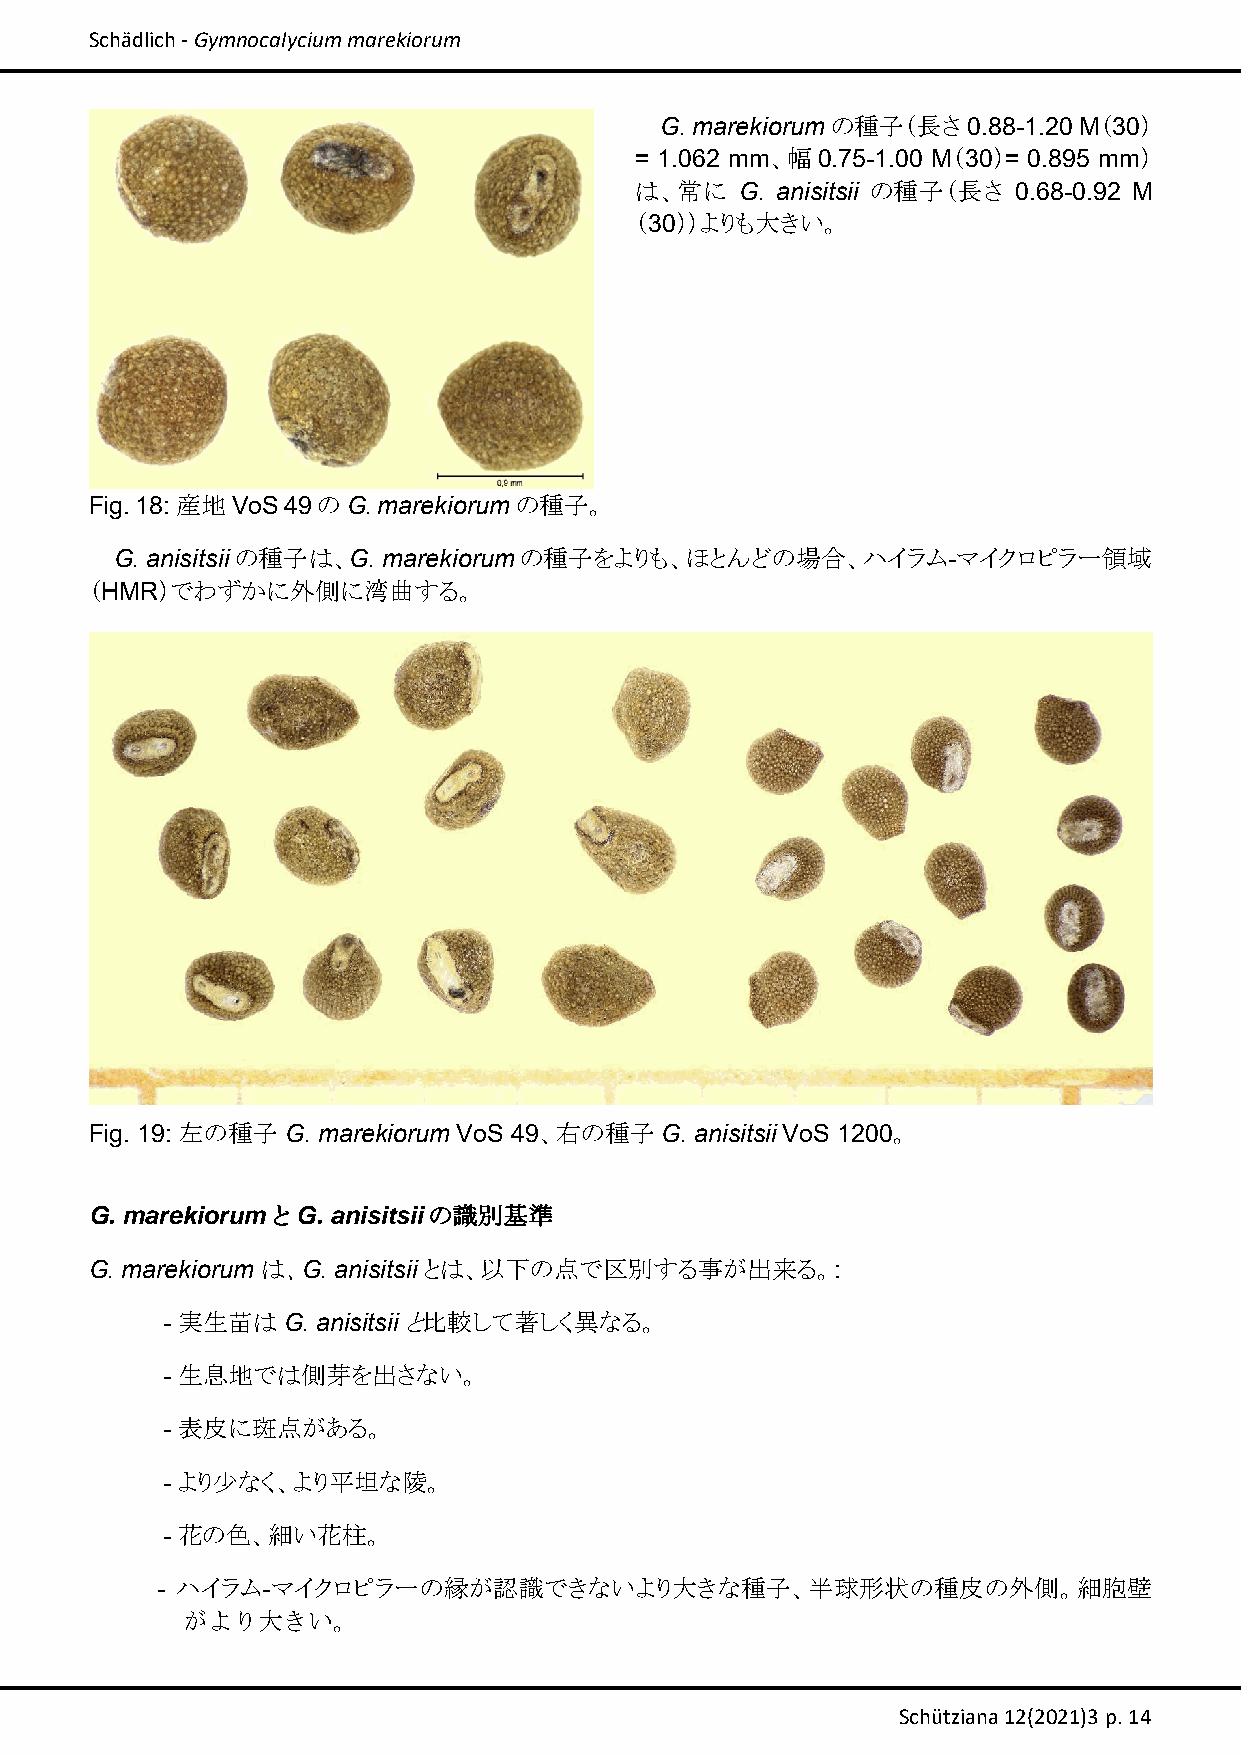
Schädlich ‐ Gymnocalycium marekiorum
 G. marekiorumの種子（長さ 0.88-1.20 M（30）
 = 1.062 mm、幅 0.75-1.00 M（30）= 0.895 mm）
 は、常に   G. anisitsii の種子（長さ 0.68-0.92 M
 （30））よりも大きい。
 Fig. 18: 産地VoS 49のG. marekiorum の種子。
 G. anisitsiiの種子は、G. marekiorumの種子をよりも、ほとんどの場合、ハイラム-マイクロピラー領域
 （HMR）でわずかに外側に湾曲する。
 Fig. 19: 左の種子 G. marekiorum VoS 49、右の種子 G. anisitsii VoS 1200。
 G. marekiorum と G. anisitsiiの識別基準
 G. marekiorum は、G. anisitsiiとは、以下の点で区別する事が出来る。:
 - 実生苗はG.  anisitsiiと比較して著しく異なる。
 - 生息地では側芽を出さない。
 - 表皮に斑点がある。
 - より少なく、より平坦な陵。
 - 花の色、細い花柱。
 - ハイラム-マイクロピラーの縁が認識できないより大きな種子、半球形状の種皮の外側。細胞壁
 がより大きい。
 Schütziana 12(2021)3 p. 14